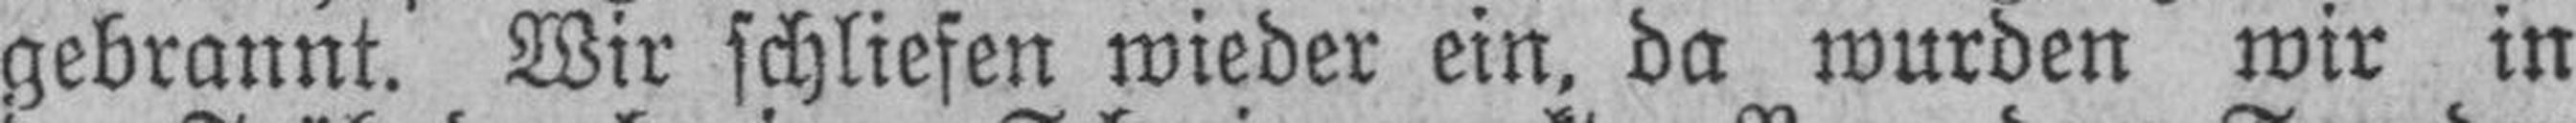
gebrannt. Wir schliefen wieder ein, da wurden wir in